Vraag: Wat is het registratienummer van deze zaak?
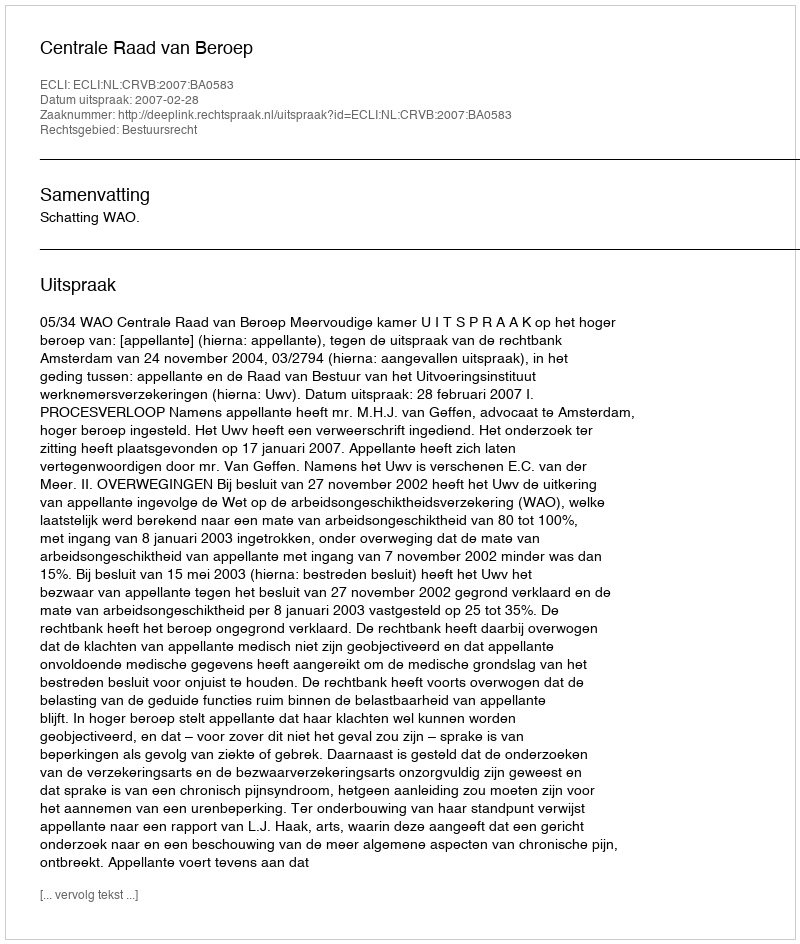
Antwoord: http://deeplink.rechtspraak.nl/uitspraak?id=ECLI:NL:CRVB:2007:BA0583